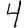
Digit: 4